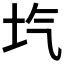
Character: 𡉛